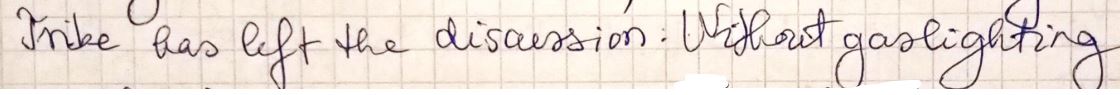
Trike has left the discussion. Without gaslighting